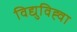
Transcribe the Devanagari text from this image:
विद्युविह्वा